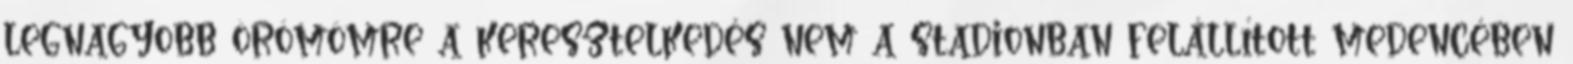
legnagyobb örömömre a keresztelkedés nem a stadionban felállított medencében